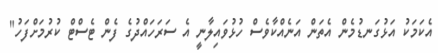
އެކަމަކު އަޅުގަނޑުމެން އެތަން އަނެއްކާވެސް ހުޅުވައިލާނީ އެ ސަރަހައްދުގެ ފެން ޓެސްޓް ކުރުމަށްފަހު"